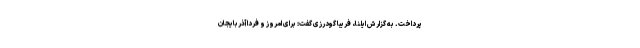
پرداخت. به گزارش ایلنا، فریبا گودرزی گفت: برای امروز و فردا آذربایجان